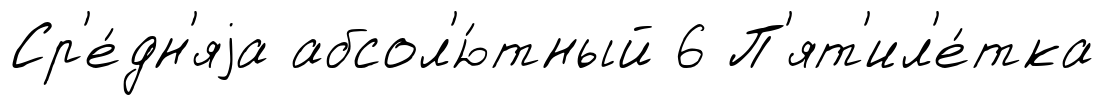
Ср'е́дн'яjа абсол'ю́тный 6 П'ят'ил'е́тка